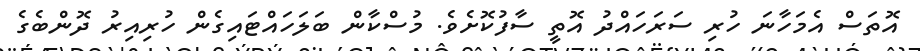
އޮތަސް އެމަހާނަ ހުރި ސަރަހައްދު އޮތީ ސާފުކޮށެވެ. މުސްކާން ބަލަހައްޓައިގެން ހުރިއިރު ދޮންބެގެ